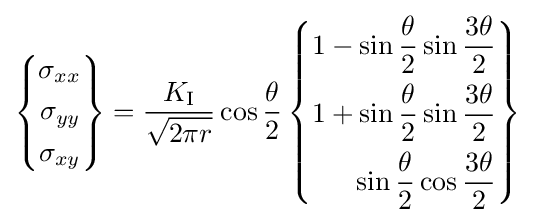
\left\{{\begin{aligned}\sigma _{xx}\\\sigma _{yy}\\\sigma _{xy}\end{aligned}}\right\}={\frac {K_{\rm {I}}}{\sqrt {2\pi r}}}\cos {\frac {\theta }{2}}\left\{{\begin{aligned}1-\sin {\frac {\theta }{2}}\sin {\frac {3\theta }{2}}\\1+\sin {\frac {\theta }{2}}\sin {\frac {3\theta }{2}}\\\sin {\frac {\theta }{2}}\cos {\frac {3\theta }{2}}\end{aligned}}\right\}